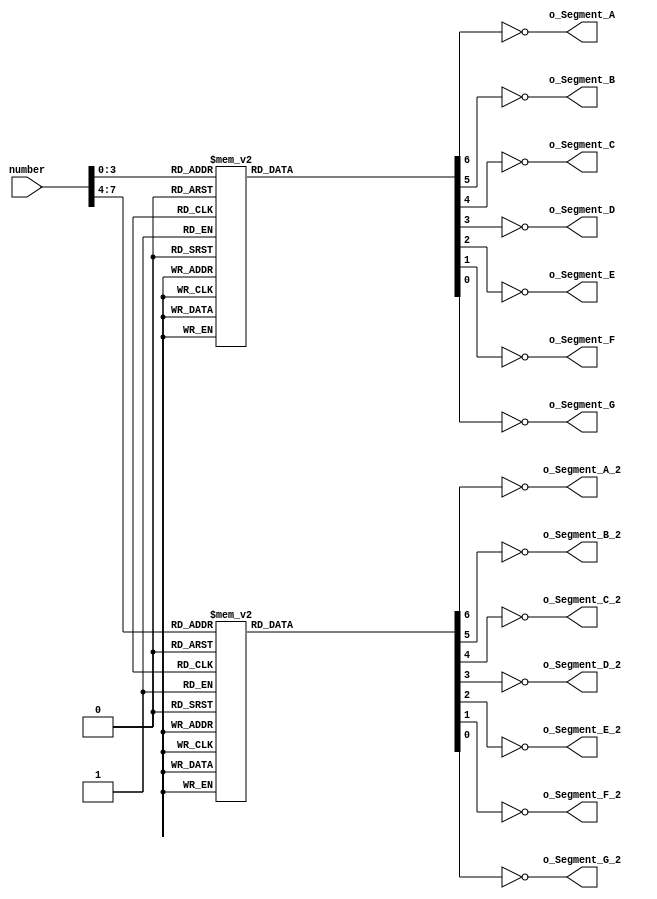
module seven_segment 
  (
//   input [3:0] i_Binary_Num,
	input [31:0] number,
   output      o_Segment_A,
   output      o_Segment_B,
   output      o_Segment_C,
   output      o_Segment_D,
   output      o_Segment_E,
   output      o_Segment_F,
   output      o_Segment_G,

   output      o_Segment_A_2,
   output      o_Segment_B_2,
   output      o_Segment_C_2,
   output      o_Segment_D_2,
   output      o_Segment_E_2,
   output      o_Segment_F_2,
   output      o_Segment_G_2
   );
 
  reg [6:0]    r_Hex_Encoding = 7'h00;
  reg [6:0]    r_Hex_Encoding_2 = 7'h00;
  wire [3:0] i_Binary_Num, i_Binary_Num_2;
  
  assign i_Binary_Num = number[3:0];
  assign i_Binary_Num_2 = number[7:4];
   
  // Purpose: Creates a case statement for all possible input binary numbers.
  // Drives r_Hex_Encoding appropriately for each input combination.
  always @(*)
    begin
      case (i_Binary_Num)
        4'b0000 : r_Hex_Encoding <= 7'h7E;
        4'b0001 : r_Hex_Encoding <= 7'h30;
        4'b0010 : r_Hex_Encoding <= 7'h6D;
        4'b0011 : r_Hex_Encoding <= 7'h79;
        4'b0100 : r_Hex_Encoding <= 7'h33;          
        4'b0101 : r_Hex_Encoding <= 7'h5B;
        4'b0110 : r_Hex_Encoding <= 7'h5F;
        4'b0111 : r_Hex_Encoding <= 7'h70;
        4'b1000 : r_Hex_Encoding <= 7'h7F;
        4'b1001 : r_Hex_Encoding <= 7'h7B;
        4'b1010 : r_Hex_Encoding <= 7'h77;
        4'b1011 : r_Hex_Encoding <= 7'h1F;
        4'b1100 : r_Hex_Encoding <= 7'h4E;
        4'b1101 : r_Hex_Encoding <= 7'h3D;
        4'b1110 : r_Hex_Encoding <= 7'h4F;
        4'b1111 : r_Hex_Encoding <= 7'h47;
      endcase

      case (i_Binary_Num_2)
        4'b0000 : r_Hex_Encoding_2 <= 7'h7E;
        4'b0001 : r_Hex_Encoding_2 <= 7'h30;
        4'b0010 : r_Hex_Encoding_2 <= 7'h6D;
        4'b0011 : r_Hex_Encoding_2 <= 7'h79;
        4'b0100 : r_Hex_Encoding_2 <= 7'h33;          
        4'b0101 : r_Hex_Encoding_2 <= 7'h5B;
        4'b0110 : r_Hex_Encoding_2 <= 7'h5F;
        4'b0111 : r_Hex_Encoding_2 <= 7'h70;
        4'b1000 : r_Hex_Encoding_2 <= 7'h7F;
        4'b1001 : r_Hex_Encoding_2 <= 7'h7B;
        4'b1010 : r_Hex_Encoding_2 <= 7'h77;
        4'b1011 : r_Hex_Encoding_2 <= 7'h1F;
        4'b1100 : r_Hex_Encoding_2 <= 7'h4E;
        4'b1101 : r_Hex_Encoding_2 <= 7'h3D;
        4'b1110 : r_Hex_Encoding_2 <= 7'h4F;
        4'b1111 : r_Hex_Encoding_2 <= 7'h47;
      endcase
    end // always @ (posedge i_Clk)
 
  // r_Hex_Encoding[7] is unused
  assign o_Segment_A = ~r_Hex_Encoding[6];
  assign o_Segment_B = ~r_Hex_Encoding[5];
  assign o_Segment_C = ~r_Hex_Encoding[4];
  assign o_Segment_D = ~r_Hex_Encoding[3];
  assign o_Segment_E = ~r_Hex_Encoding[2];
  assign o_Segment_F = ~r_Hex_Encoding[1];
  assign o_Segment_G = ~r_Hex_Encoding[0];

  assign o_Segment_A_2 = ~r_Hex_Encoding_2[6];
  assign o_Segment_B_2 = ~r_Hex_Encoding_2[5];
  assign o_Segment_C_2 = ~r_Hex_Encoding_2[4];
  assign o_Segment_D_2 = ~r_Hex_Encoding_2[3];
  assign o_Segment_E_2 = ~r_Hex_Encoding_2[2];
  assign o_Segment_F_2 = ~r_Hex_Encoding_2[1];
  assign o_Segment_G_2 = ~r_Hex_Encoding_2[0];
 
endmodule // Binary_To_7Segment